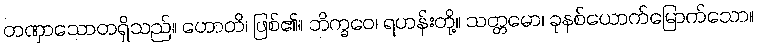
တဏှာသောတရှိသည်။ ဟောတိ၊ ဖြစ်၏။ ဘိက္ခဝေ၊ ရဟန်းတို့။ သတ္တမော၊ ခုနစ်ယောက်မြောက်သော။